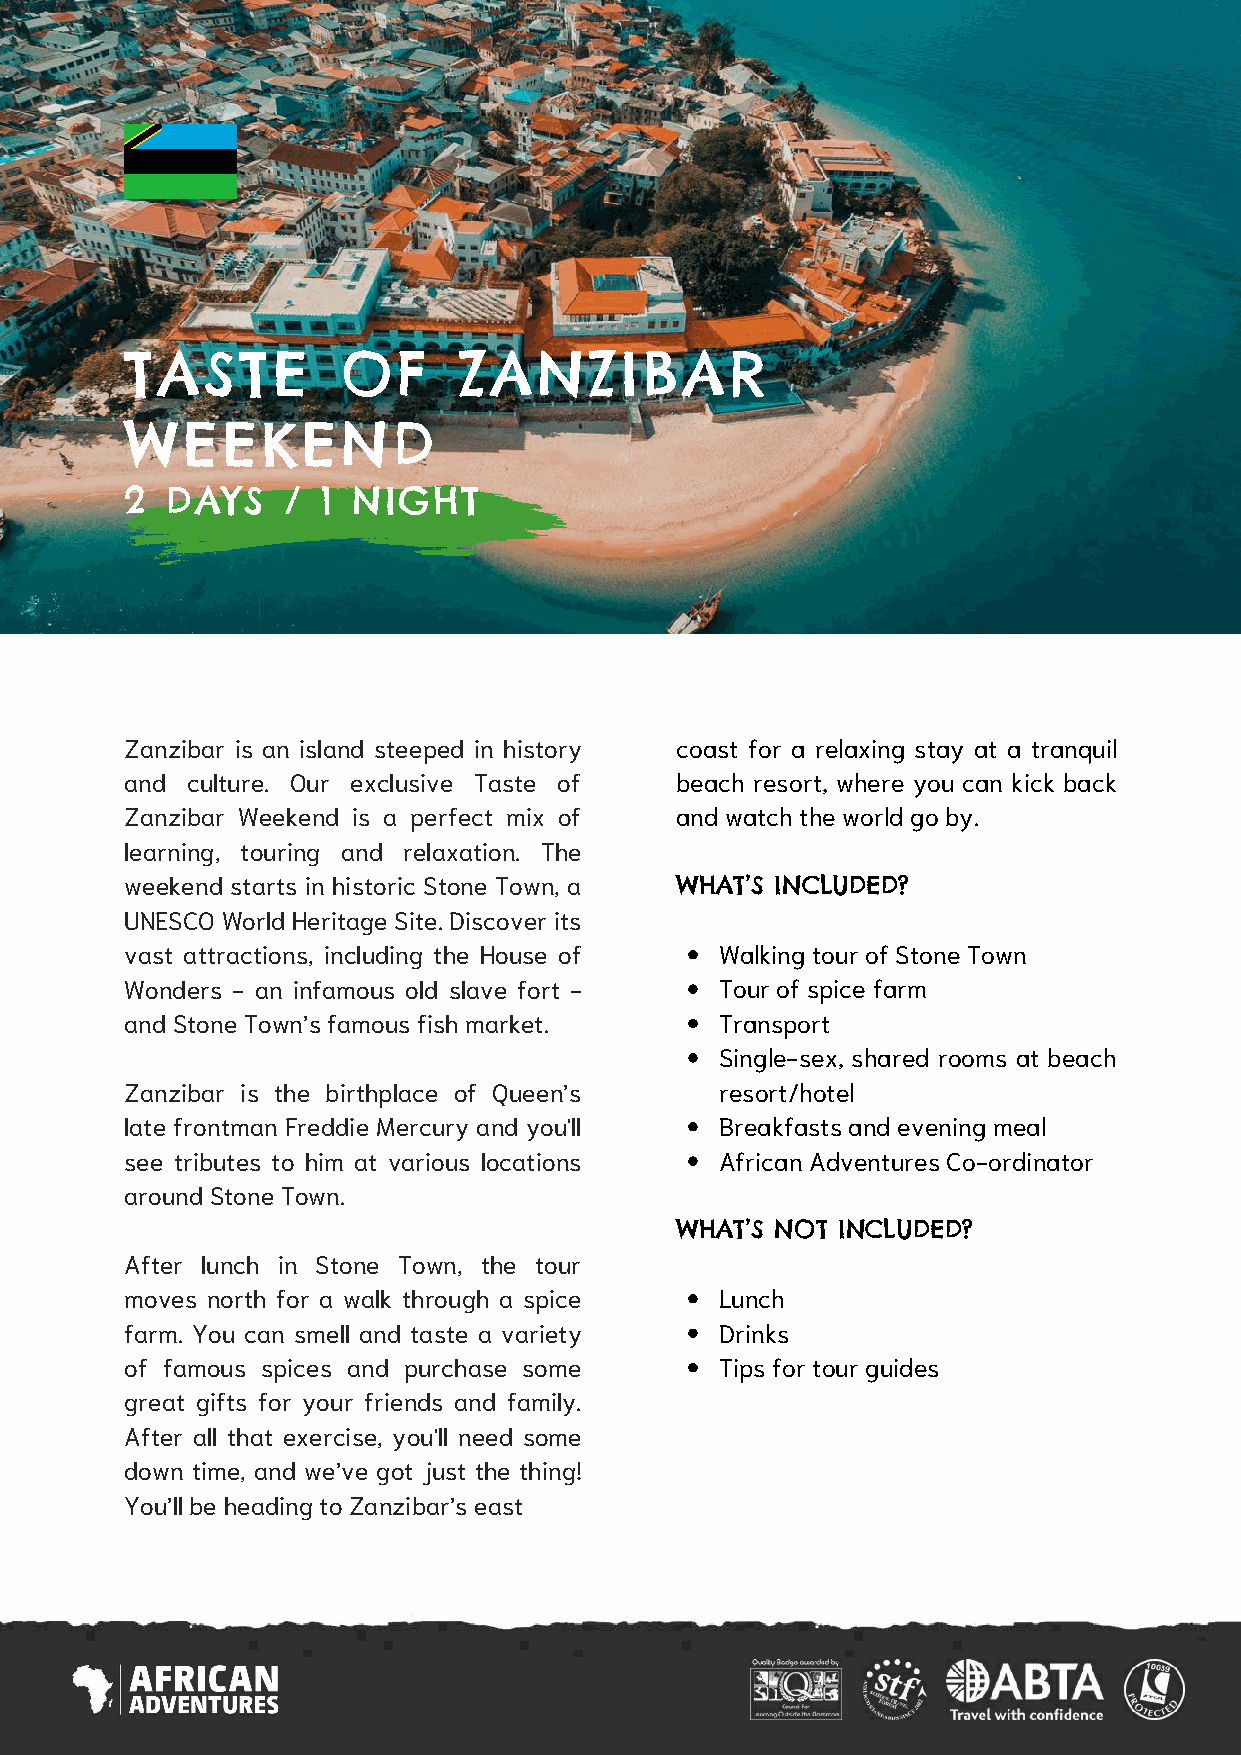
TASTE          OF     ZANZIBAR
 WEEKEND
 2  DAYS    / 1 NIGHT
 Zanzibar is an island steeped in history coast for a relaxing stay at a tranquil
 and culture. Our exclusive Taste of  beach resort, where you can kick back
 Zanzibar Weekend is a perfect mix of and watch the world go by.
 learning, touring and relaxation. The
 weekend starts in historic Stone Town, a WHAT’S INCLUDED?
 UNESCO World Heritage Site. Discover its
 vast attractions, including the House of Walking tour of Stone Town
 Wonders - an infamous old slave fort -  Tour of spice farm
 and Stone Town’s famous fish market.    Transport
 Single-sex, shared rooms at beach
 Zanzibar is the birthplace of Queen’s   resort/hotel
 late frontman Freddie Mercury and you'll Breakfasts and evening meal
 see tributes to him at various locations African Adventures Co-ordinator
 around Stone Town.
 WHAT’S NOT INCLUDED?
 After lunch in Stone Town, the tour
 moves north for a walk through a spice  Lunch
 farm. You can smell and taste a variety Drinks
 of famous spices and purchase some      Tips for tour guides
 great gifts for your friends and family.
 After all that exercise, you'll need some
 down time, and we’ve got just the thing!
 You’ll be heading to Zanzibar’s east